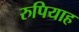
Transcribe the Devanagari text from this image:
रुपियाह